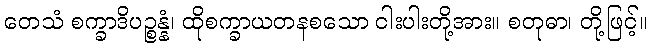
တေသံ စက္ခာဒိပဉ္စန္နံ၊ ထိုစက္ခာယတနစသော ငါးပါးတို့အား။ စတုဓာ၊ တို့ဖြင့်။